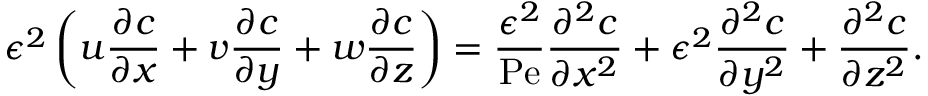
\epsilon ^ { 2 } \left( u \frac { \partial c } { \partial x } + v \frac { \partial c } { \partial y } + w \frac { \partial c } { \partial z } \right) = \frac { \epsilon ^ { 2 } } { \mathrm { P e } } \frac { \partial ^ { 2 } c } { \partial x ^ { 2 } } + \epsilon ^ { 2 } \frac { \partial ^ { 2 } c } { \partial y ^ { 2 } } + \frac { \partial ^ { 2 } c } { \partial z ^ { 2 } } .